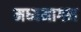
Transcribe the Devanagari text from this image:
मध्यमागम